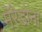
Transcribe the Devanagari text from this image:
मॅरेडोना